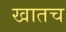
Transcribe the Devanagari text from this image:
खातच